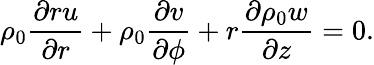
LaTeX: \rho_{0}\frac{\partial ru}{\partial r}+\rho_{0}\frac{\partial v}{\partial\phi}+r\frac{\partial\rho_{0}w}{\partial z}=0.